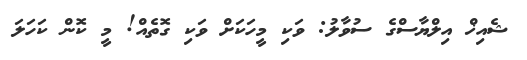
ޝެއިޚް އިލްޔާސްގެ ސުވާލު: ވަކި މީހަކަށް ވަކި ގޮތެއް! މީ ކޮން ކަހަލަ